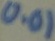
Text: 0.01